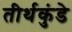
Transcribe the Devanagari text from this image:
तीर्थकुंडे